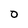
Character: 0